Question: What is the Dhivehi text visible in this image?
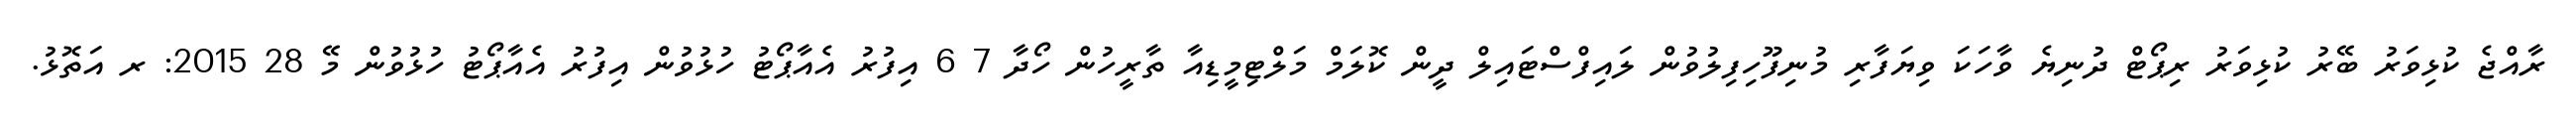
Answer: ރާއްޖެ ކުޅިވަރު ބޭރު ކުޅިވަރު ރިޕޯޓް ދުނިޔެ ވާހަކަ ވިޔަފާރި މުނިފޫހިފިލުވުން ލައިފްސްޓައިލް ދީން ކޮލަމް މަލްޓިމީޑިއާ ތާރީހުން ހޯދާ 7 6 އިފުރު އެއާޕޯޓު ހުޅުވުން އިފުރު އެއާޕޯޓު ހުޅުވުން މޭ 28 2015: ރ އަތޮޅު.